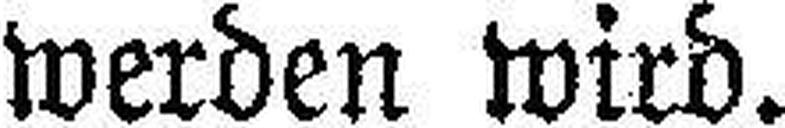
werden wird.